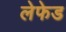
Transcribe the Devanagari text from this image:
लेफेड